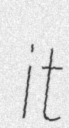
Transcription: it